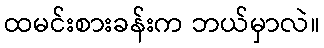
ထမင်းစားခန်းက ဘယ်မှာလဲ။